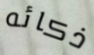
ذكائه